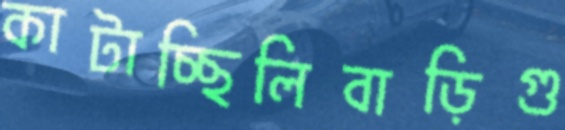
কাটাচ্ছিলিবাড়িগু